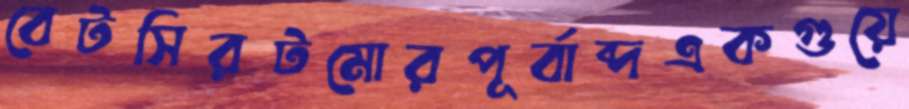
বেটসিরটমোরপূর্বাব্দএকগুয়ে